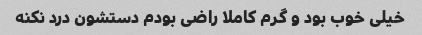
خیلی خوب بود و گرم کاملا راضی بودم دستشون درد نکنه